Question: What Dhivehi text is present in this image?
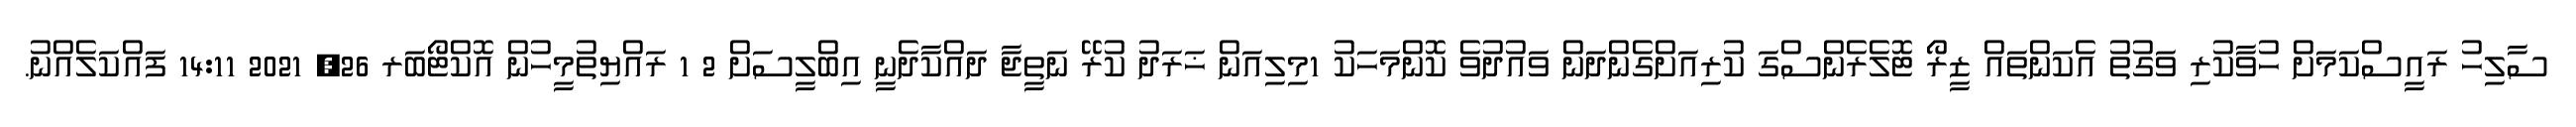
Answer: ސާލިހު ރައީސްކަމަށް ހުވާކުރި ވަގުތު އެކަންތައް ޒީރޯ ޓޮލެރެންސްގަ ކުރިއަށްގެންދަން ވައުދުވެ ކޮންމަހަކު 1މިލިއަން ޚަރަދު ކުރޭ ނަތީޖާ ދައްކާދެނީ އިބްލީސަށް 2 1 ރައްޔިތުމީހުން އޮކްޓޯބަރ 26, 2021 14:11 ފައްކަލެއްނު.